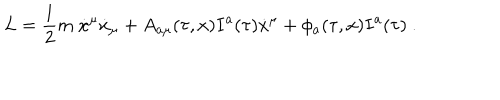
L = \frac 1 2 m \ \dot { x } ^ { \mu } \dot { x } _ { \mu } + A _ { a \mu } ( \tau , x ) I ^ { a } ( \tau ) \dot { x } ^ { \mu } + \phi _ { a } ( \tau , x ) I ^ { a } ( \tau ) \ .